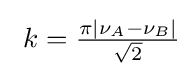
{\textstyle \ k={\frac {\pi \mid \nu _{A}-\nu _{B}\mid }{\sqrt {2}}}}